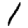
Digit: 1